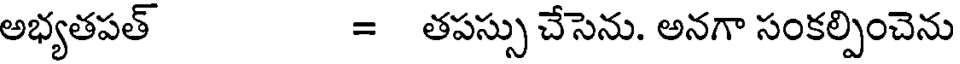
అభ్యతపత్ = తపస్సు చేసెను. అనగా సంకల్పించెను